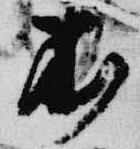
衣